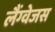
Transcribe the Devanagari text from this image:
लैंग्वेजस